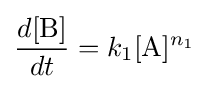
{\frac {d[{\ce {B}}]}{dt}}=k_{1}[{\ce {A}}]^{n_{1}}